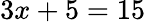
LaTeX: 3x+5=15